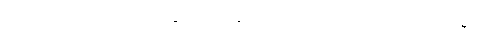
အရှင်သူဌေး၏။ သမ္ပတ္တိံ၊ စည်း စိမ်ချမ်းသာကို။ ကဏှေယျာတိ၊ ယူရာ၏ဟု။